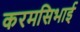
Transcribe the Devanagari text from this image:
करमसिभाई